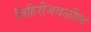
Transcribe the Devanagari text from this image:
विहिरीजवळील